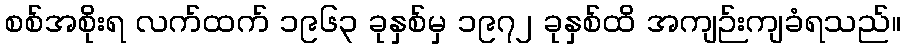
စစ်အစိုးရ လက်ထက် ၁၉၆၃ ခုနှစ်မှ ၁၉၇၂ ခုနှစ်ထိ အကျဉ်းကျခံရသည်။